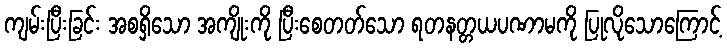
ကျမ်းပြီးခြင်း အစရှိသော အကျိုးကို ပြီးစေတတ်သော ရတနတ္တယပဏာမကို ပြုလိုသောကြောင့်